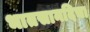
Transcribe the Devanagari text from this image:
भातसानदिचा